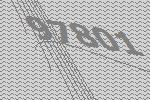
97801